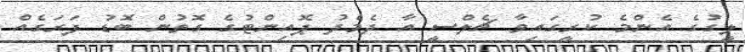
ލީގުގެ އެންމެ ކުރީގައިވާ ޗެލްސީ އާ ދެމެދު ޕޮއިންޓުގެ ގޮތުން ބޮޑު ފަރަގެއް